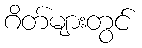
ဂိတ်များတွင်